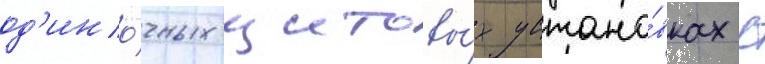
од'ино́чных щитовы́х устано́вках с